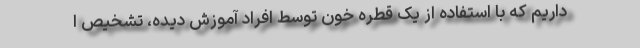
داریم که با استفاده از یک قطره خون توسط افراد آموزش دیده، تشخیص ا